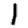
Digit: 1